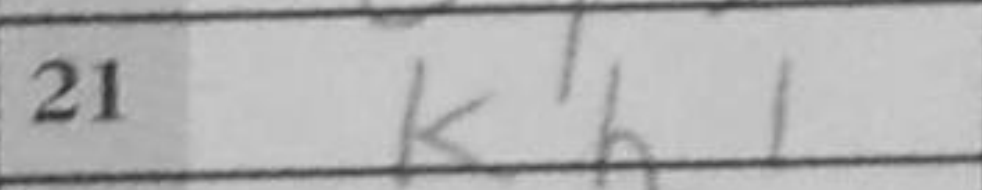
Transcription: Kh1